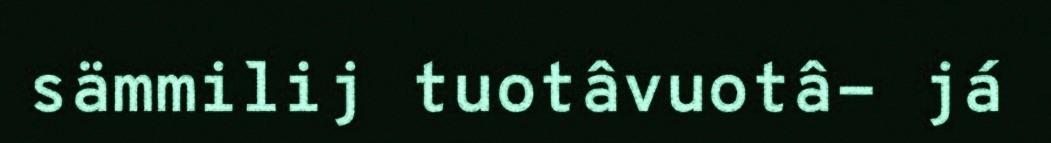
sämmilij tuotâvuotâ- já